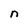
Character: n